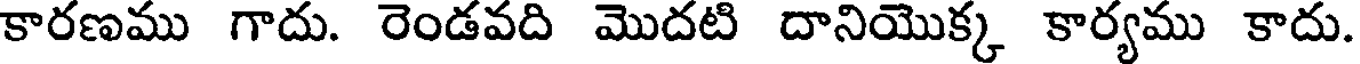
కారణము గాదు. రెండవది మొదటి దానియొక్క కార్యము కాదు.